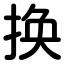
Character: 换